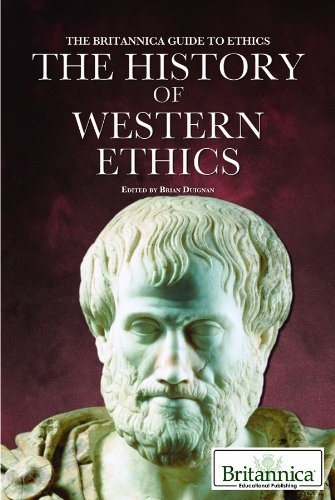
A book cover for The History of Western Ethics (The Britannica Guide to Ethics); Teen & Young Adult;